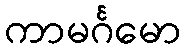
ကာမင်္ဂမော